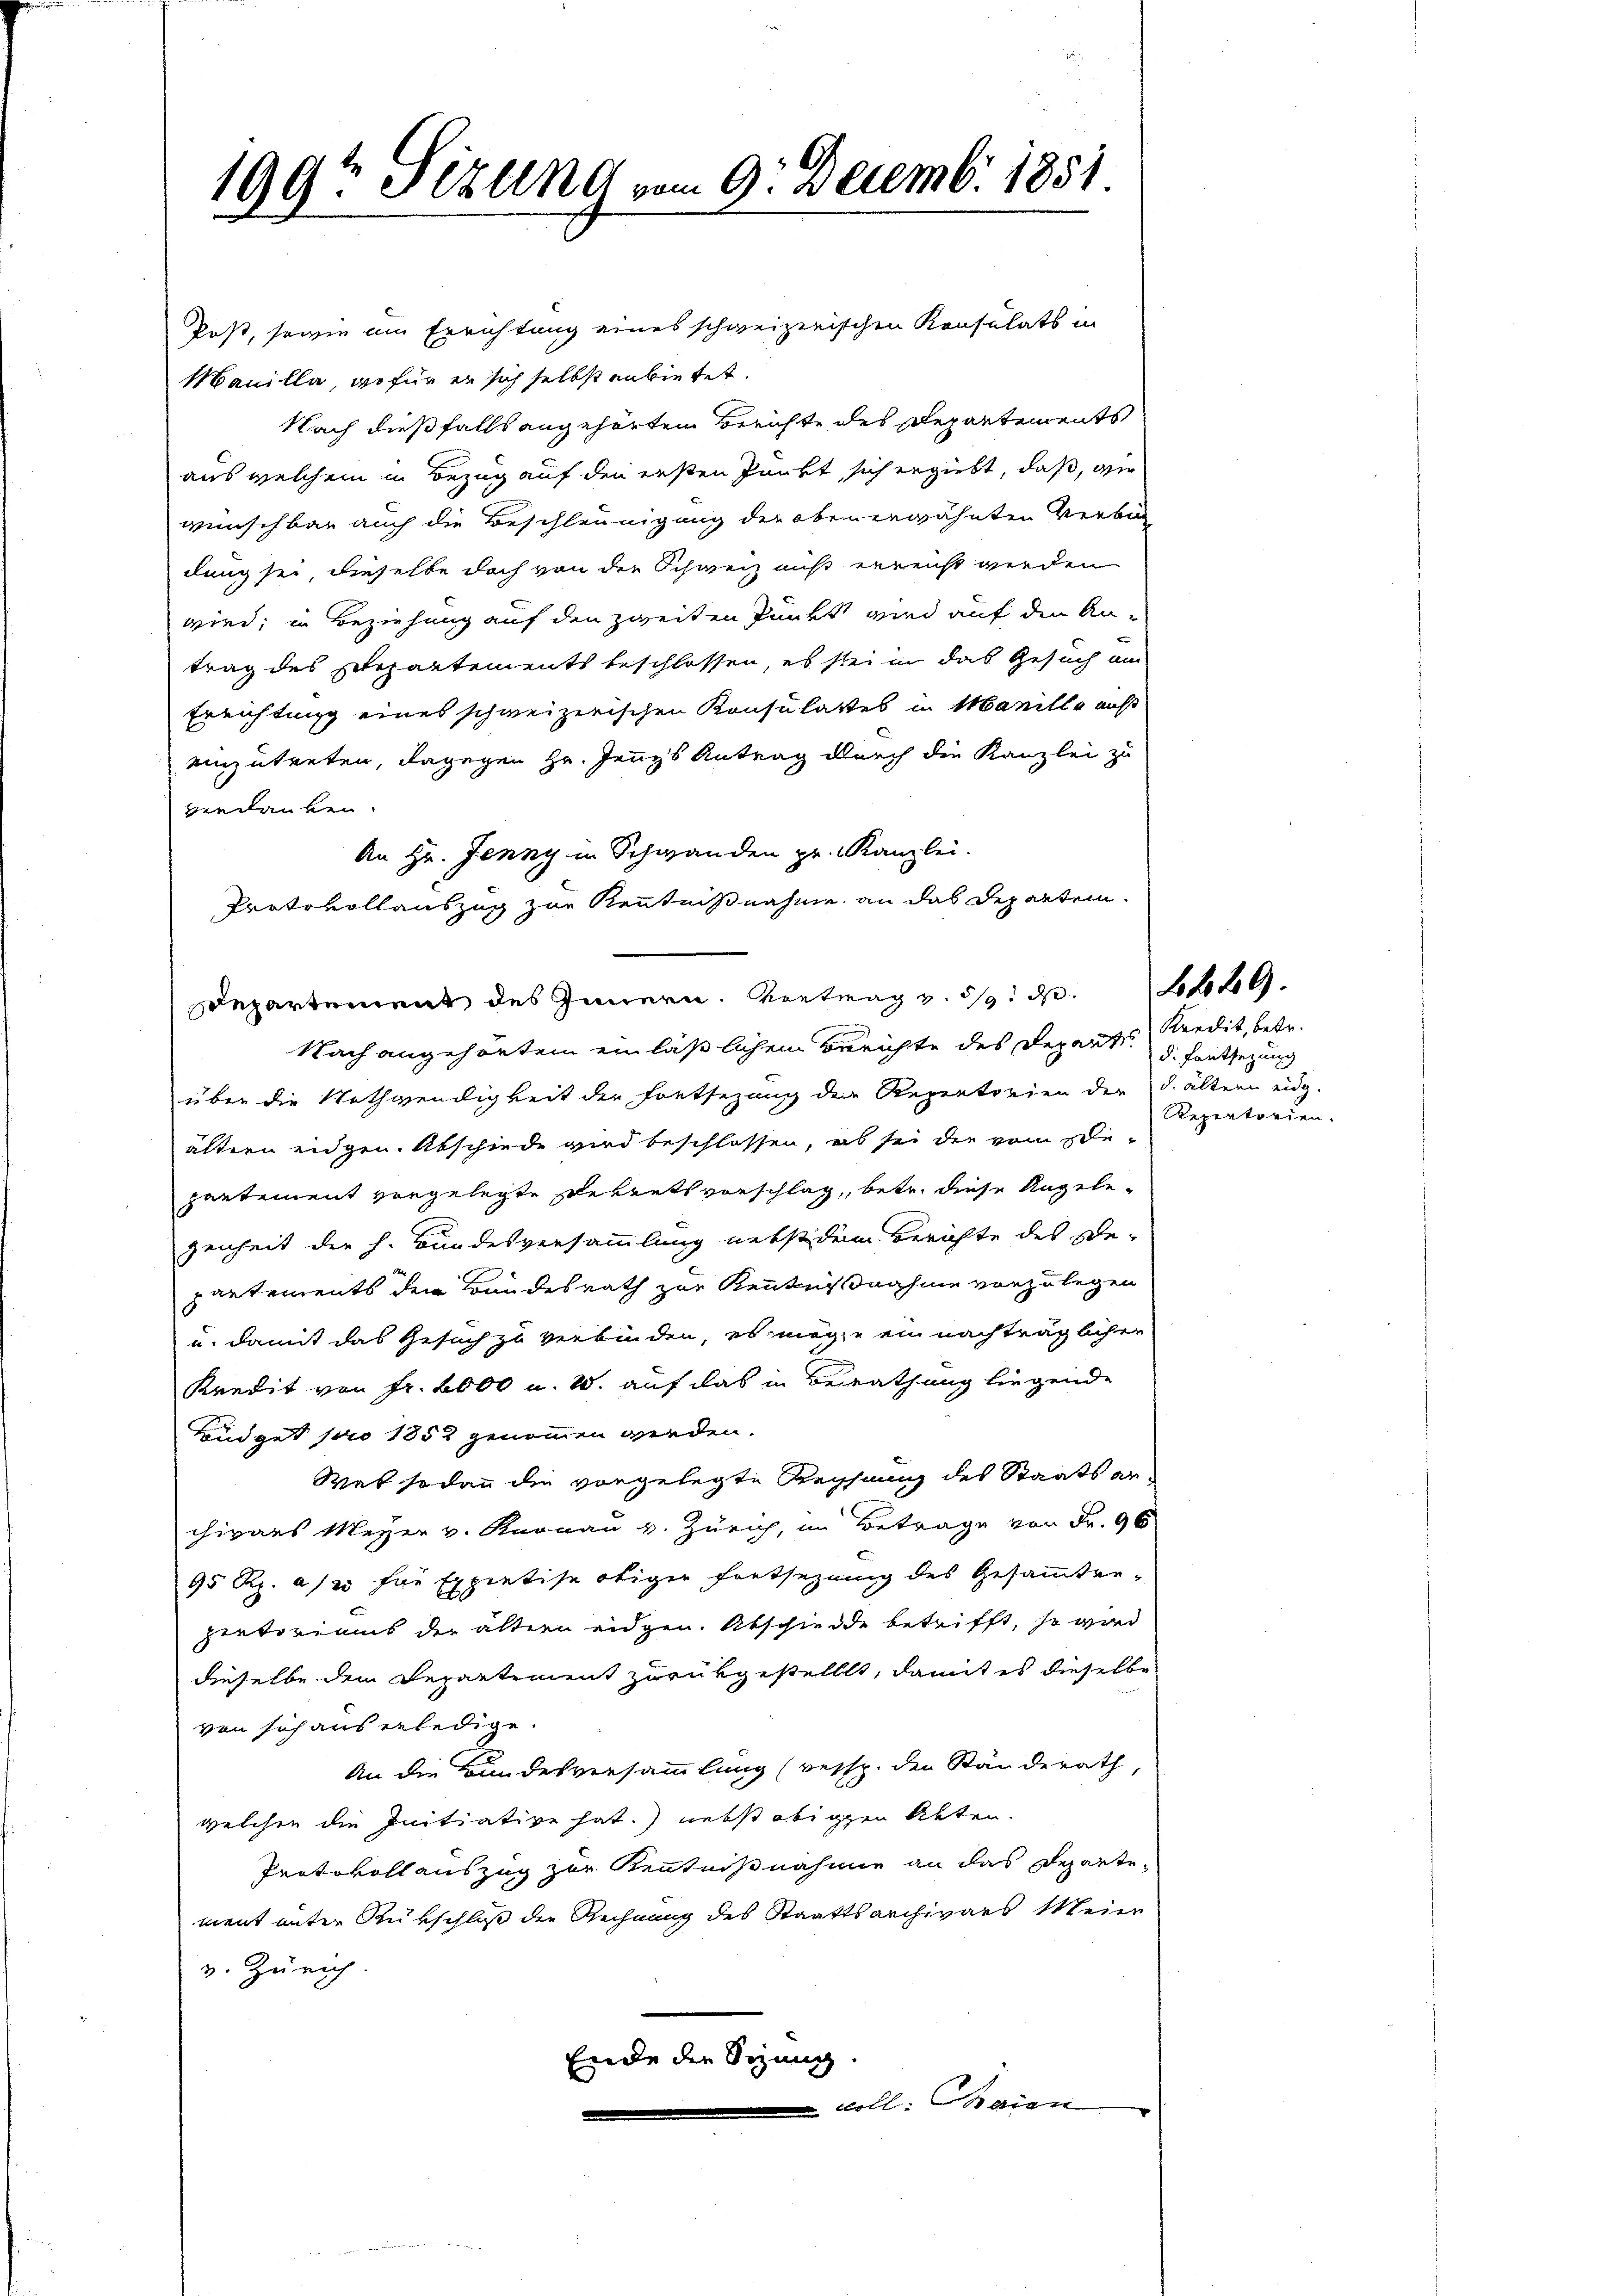
199te Sizung vom 9. Decemb. 1851.

Post, sowie am Errichtung eines schweizerischen Konsulats in
Manilla, wofür er sich selbst anbietet.
Nach dießfalls angehörtem Berichte des Departements
aus welchem in Bezug auf den ersten Punkt sich ergiebt, daß, wie
wünschbar auch die Beschleunigung der obenerwähnten Verbin
dung sei, dieselbe doch von der Schweiz aus erreicht werden
wird; in Beziehung auf den zweiten Punkt wird auf den An-
trag des Separtements beschlossen, es sei in das Gesuch am
Errichtung eines schweizerischen Konsulates in Manille nicht
einzutreten, dagegen Hr. Jennys Antrag durch die Kanzlei zu
verdanken.
An Hr. Jenny in Schwanden pr. Kanzlei.
Protokollauszug zur Kenntnißnahme an das Departen.
Departement des Innern. Kontrag v. 5. d. Lbl.
Nach angehörtem einläßlichem Berichte des Departes Kredit, betr.
über die Nothwendigkeit der Fontsezung der Repentorien der d. ältern eidg.
ältern eidgen. Abschiede wird beschlossen, ab sei die vom Be-
partement vorgelegte Dekretsvorschlag, betr. diese Angelegenheit der h. Bundesversammlung nebst dem Berichte des We-
partements der Bundesrath zur Kenntnißnahme vorzulegen
u. damit das Gesuch zu verbinden, es möge ein nachträglichen
Kredit von Fr. 2000 u. 2. auf das in Berathung liegende
Büdget pro 1852 genommen werden.
Was sodann die vorgelegte Rechnung des Staatsanchivars Meyer v. Knonau v. Zürich, im Betrage von Fr. 96
95 Rp. a/20 für Expertise obiger Fortsezung des Gesammtge-
zertoriums der ältern eidgen. Abschiede betrifft, so wird
dieselbe dem Departement zurükgestellt, damit es dieselbe
von sich aus erledige.
An die Bundesversammlung (resp. der Ständerath,
welchen die Initiative hat. nebst obigen Akten.
Protokollauszug zur Kenntnißnahme an das Repartement unter Rükschluß der Rechnung des Staatsarchivars Mein
v. Zürich.
Ende der Sizung.
 coll: Baien

d. Fortsezung
Repertorien.